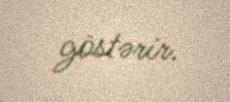
göstərir.